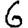
Digit: 6